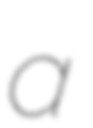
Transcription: a